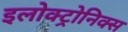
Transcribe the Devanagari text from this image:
इलोक्ट्रोनिक्स